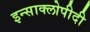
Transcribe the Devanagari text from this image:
इन्साक्लोपीदी